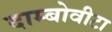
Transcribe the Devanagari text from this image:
दाम्बोवीटा